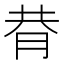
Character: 𦚴